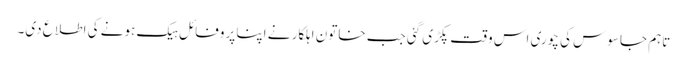
تاہم جاسوس کی چوری اس وقت پکڑی گئی جب خاتون اہلکار نے اپنا پروفائل ہیک ہونے کی اطلاع دی۔